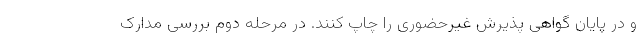
و در پایان گواهی پذیرش غیرحضوری را چاپ کنند. در مرحله دوم بررسی مدارک